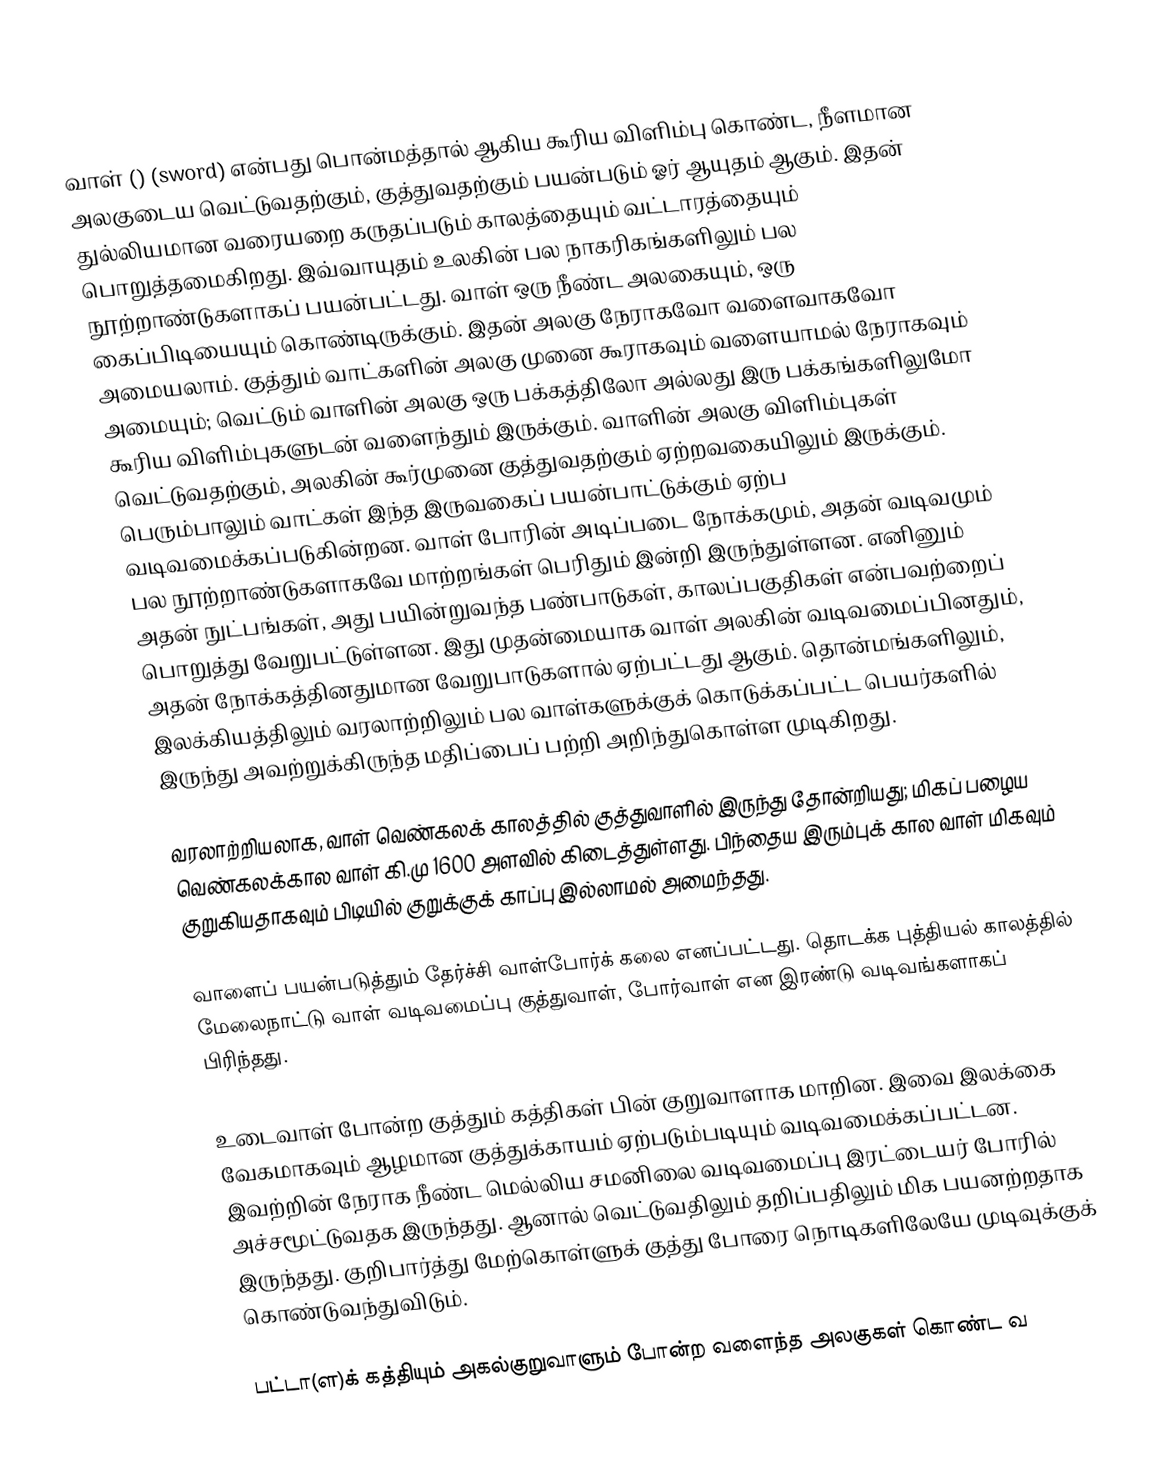
வாள் () (sword) என்பது பொன்மத்தால் ஆகிய  கூரிய விளிம்பு கொண்ட, நீளமான அலகுடைய வெட்டுவதற்கும், குத்துவதற்கும் பயன்படும் ஓர் ஆயுதம் ஆகும். இதன் துல்லியமான வரையறை கருதப்படும் காலத்தையும் வட்டாரத்தையும் பொறுத்தமைகிறது. இவ்வாயுதம் உலகின் பல நாகரிகங்களிலும் பல நூற்றாண்டுகளாகப் பயன்பட்டது. வாள் ஒரு நீண்ட அலகையும், ஒரு கைப்பிடியையும் கொண்டிருக்கும். இதன் அலகு நேராகவோ வளைவாகவோ அமையலாம். குத்தும் வாட்களின் அலகு முனை கூராகவும் வளையாமல் நேராகவும் அமையும்; வெட்டும் வாளின் அலகு ஒரு பக்கத்திலோ அல்லது இரு பக்கங்களிலுமோ கூரிய விளிம்புகளுடன் வளைந்தும் இருக்கும். வாளின் அலகு விளிம்புகள் வெட்டுவதற்கும், அலகின் கூர்முனை குத்துவதற்கும் ஏற்றவகையிலும் இருக்கும். பெரும்பாலும் வாட்கள் இந்த இருவகைப் பயன்பாட்டுக்கும் ஏற்ப வடிவமைக்கப்படுகின்றன. வாள் போரின் அடிப்படை நோக்கமும், அதன் வடிவமும் பல நூற்றாண்டுகளாகவே மாற்றங்கள் பெரிதும் இன்றி இருந்துள்ளன. எனினும் அதன் நுட்பங்கள், அது பயின்றுவந்த பண்பாடுகள், காலப்பகுதிகள் என்பவற்றைப் பொறுத்து வேறுபட்டுள்ளன. இது முதன்மையாக வாள் அலகின் வடிவமைப்பினதும், அதன் நோக்கத்தினதுமான வேறுபாடுகளால் ஏற்பட்டது ஆகும். தொன்மங்களிலும், இலக்கியத்திலும் வரலாற்றிலும் பல வாள்களுக்குக் கொடுக்கப்பட்ட பெயர்களில் இருந்து அவற்றுக்கிருந்த மதிப்பைப் பற்றி அறிந்துகொள்ள முடிகிறது.

வரலாற்றியலாக, வாள் வெண்கலக் காலத்தில் குத்துவாளில் இருந்து தோன்றியது; மிகப் பழைய வெண்கலக்கால வாள் கி.மு 1600 அளவில் கிடைத்துள்ளது. பிந்தைய இரும்புக் கால வாள் மிகவும் குறுகியதாகவும் பிடியில் குறுக்குக் காப்பு இல்லாமல் அமைந்தது.

வாளைப் பயன்படுத்தும் தேர்ச்சி வாள்போர்க் கலை எனப்பட்டது. தொடக்க புத்தியல் காலத்தில் மேலைநாட்டு வாள் வடிவமைப்பு  குத்துவாள், போர்வாள் என இரண்டு வடிவங்களாகப் பிரிந்தது.

உடைவாள் போன்ற குத்தும் கத்திகள் பின் குறுவாளாக மாறின. இவை இலக்கை வேகமாகவும் ஆழமான குத்துக்காயம் ஏற்படும்படியும் வடிவமைக்கப்பட்டன. இவற்றின் நேராக நீண்ட மெல்லிய சமனிலை வடிவமைப்பு இரட்டையர் போரில் அச்சமூட்டுவதக இருந்தது. ஆனால் வெட்டுவதிலும் தறிப்பதிலும் மிக பயனற்றதாக இருந்தது. குறிபார்த்து மேற்கொள்ளுக் குத்து போரை நொடிகளிலேயே முடிவுக்குக் கொண்டுவந்துவிடும்.

பட்டா(ள)க் கத்தியும் அகல்குறுவாளும் போன்ற வளைந்த அலகுகள் கொண்ட வ